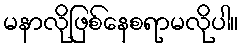
မနာလိုဖြစ်နေစရာမလိုပါ။